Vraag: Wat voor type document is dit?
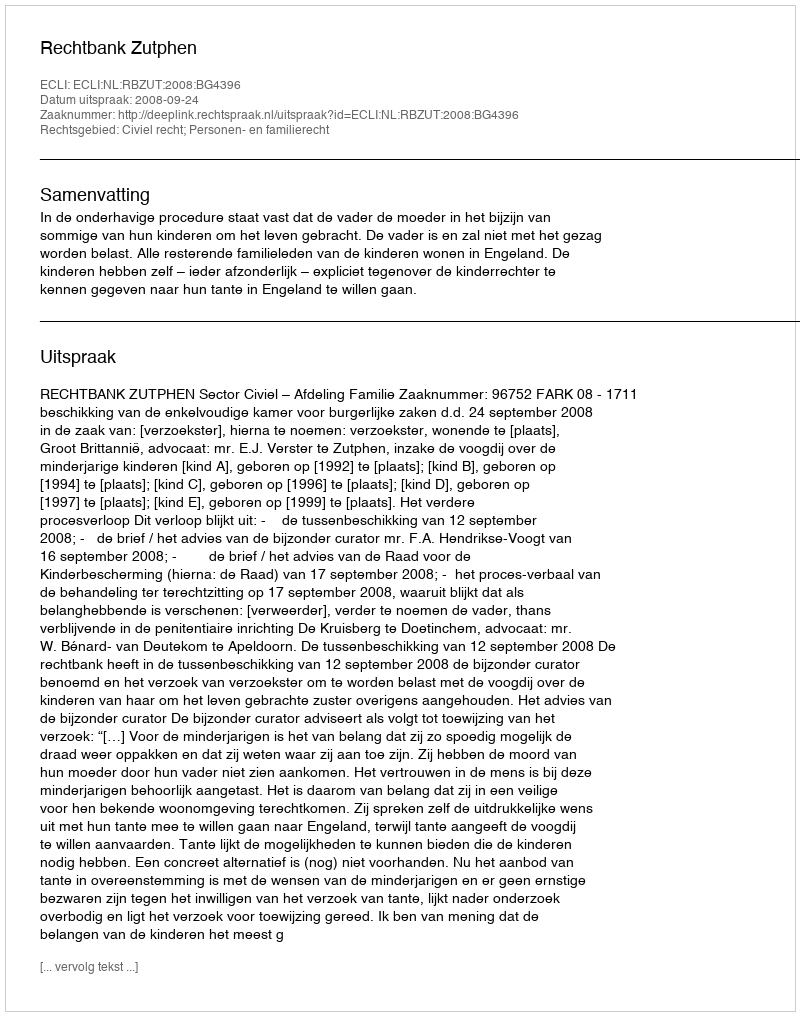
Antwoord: Uitspraak